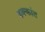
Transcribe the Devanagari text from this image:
हक्कांत